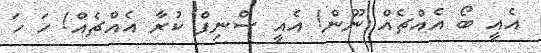
އެއީ ބޯ އެއްޗެއް ނޫން! އެއީ ސްނިފް ކުރާ އެއްޗެއް! ހަ ހަ